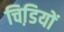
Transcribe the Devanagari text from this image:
चिडि़यों